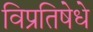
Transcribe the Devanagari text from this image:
विप्रतिषेधे